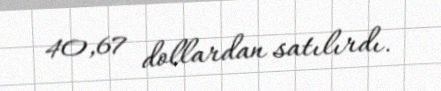
40,67 dollardan satılırdı.